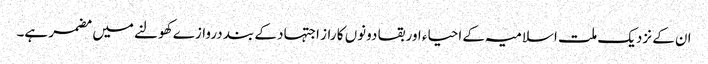
ان کے نزدیک ملت اسلامیہ کے احیاء اور بقا دونوں کا راز اجتہاد کے بند دروازے کھولنے میں مضمر ہے۔